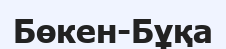
Бөкен-Бұқа